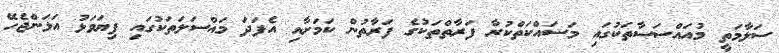
ސަލާމަތީ މުއައްސަސާތަކުގައި މަސައްކަތްކުރާ ފަރާތްތަކުގެ ފަރާތުން ކަމަށާއި އެފަދަ މައްސަލަތަކުގައި ފިޔަވަޅު އަޅަންޖެހޭ